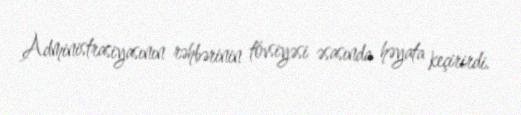
Administrasiyasının rəhbərinin tövsiyəsi əsasında həyata keçirirdi.